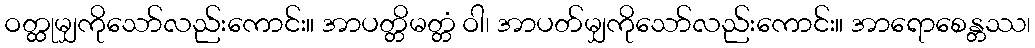
ဝတ္ထုမျှကိုသော်လည်းကောင်း။ အာပတ္တိမတ္တံ ဝါ၊ အာပတ်မျှကိုသော်လည်းကောင်း။ အာရောစေန္တဿ၊